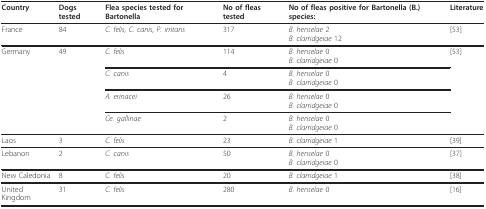
<table><thead><tr><td><b>Country</b></td><td><b>Dogs tested</b></td><td><b>Flea species tested for Bartonella</b></td><td><b>No of fleas tested</b></td><td><b>No of fleas positive for Bartonella (B.) species:</b></td><td><b>Literature</b></td></tr></thead><tbody><tr><td>France</td><td>84</td><td><i>C. felis, C. canis, P. irritans</i></td><td>317</td><td><i>B. henselae </i>2<i>B. clarridgeiae </i>12</td><td>[53]</td></tr><tr><td>Germany</td><td>49</td><td><i>C. felis </i></td><td>114</td><td><i>B. henselae </i>0<i>B. clarridgeiae </i>0</td><td>[53]</td></tr><tr><td></td><td></td><td><i>C. canis </i></td><td>4</td><td><i>B. henselae </i>0<i>B. clarridgeiae </i>0</td><td></td></tr><tr><td></td><td></td><td><i>A. erinacei</i></td><td>26</td><td><i>B. henselae </i>0<i>B. clarridgeiae </i>0</td><td></td></tr><tr><td></td><td></td><td><i>Ce. gallinae</i></td><td>2</td><td><i>B. henselae </i>0<i>B. clarridgeiae </i>0</td><td></td></tr><tr><td>Laos</td><td>3</td><td><i>C. felis </i></td><td>23</td><td><i>B. clarridgeiae </i>1</td><td>[39]</td></tr><tr><td>Lebanon</td><td>2</td><td><i>C. canis </i></td><td>50</td><td><i>B. henselae </i>0<i>B. clarridgeiae </i>0</td><td>[37]</td></tr><tr><td>New Caledonia</td><td>8</td><td><i>C. felis </i></td><td>20</td><td><i>B. clarridgeiae </i>1</td><td>[38]</td></tr><tr><td>United Kingdom</td><td>31</td><td><i>C. felis </i></td><td>280</td><td><i>B. henselae </i>0</td><td>[16]</td></tr></tbody></table>